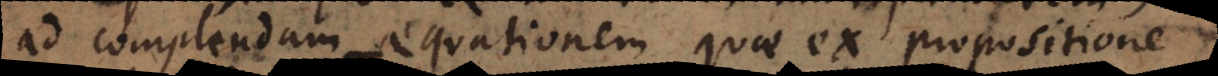
ad complendam aequationem quae ex propositione